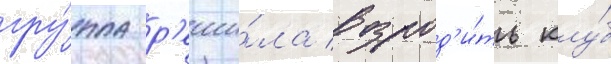
гру́ппа р'еши́ла возрод'и́ть клу́б